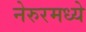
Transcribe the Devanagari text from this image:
नेरुरमध्ये